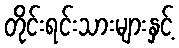
တိုင်းရင်းသားများနှင့်